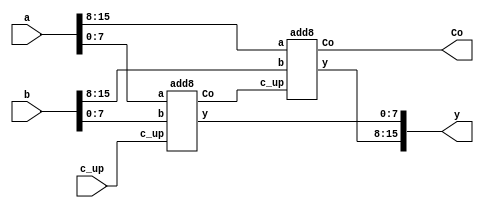
module verified_adder_16bit(
    input   wire    [15:0]  a,
    input   wire    [15:0]  b,
    input   wire            c_up,
    
    output wire     [15:0]  y,
    output wire             Co
);
 
        wire    Co_temp;
 
        add8    add8_inst1(
            .a          (a[15:8]),
            .b          (b[15:8]),
            .c_up       (Co_temp), 
             
            .y          (y[15:8]),
            .Co     (Co)
        );
 
        add8    add8_inst2(
            .a          (a[7:0]),
            .b          (b[7:0]),
            .c_up       (c_up),
             
            .y          (y[7:0]),
            .Co     (Co_temp)
        ); 
 
endmodule

module add8(
    input   wire    [7:0]   a,
    input   wire    [7:0]   b,
    input   wire                c_up,
     
    output wire     [7:0]       y,
    output wire                 Co
);
 
        wire    Co_temp;
 
        add4    add4_inst1(
            .a          (a[7:4]),
            .b          (b[7:4]),
            .c_up       (Co_temp), 
             
            .y          (y[7:4]),
            .Co     (Co)
        );
 
        add4    add4_inst2(
            .a          (a[3:0]),
            .b          (b[3:0]),
            .c_up       (c_up),
             
            .y          (y[3:0]),
            .Co     (Co_temp)
        );
 
 
endmodule

module add4(
    input   wire    [3:0]   a,
    input   wire    [3:0]   b,
    input   wire                c_up,
     
    output wire     [3:0]       y,
    output wire                 Co
);
 
        wire    Co_temp;
 
        add2    add2_inst1(
            .a          (a[3:2]),
            .b          (b[3:2]),
            .c_up       (Co_temp), 
             
            .y          (y[3:2]),
            .Co     (Co)
        );
 
        add2    add2_inst2(
            .a          (a[1:0]),
            .b          (b[1:0]),
            .c_up       (c_up),
             
            .y          (y[1:0]),
            .Co     (Co_temp)
        ); 
 
endmodule

module add2(
    input   wire    [1:0]   a,
    input   wire    [1:0]   b,
    input   wire                c_up,
     
    output wire     [1:0]       y,
    output wire                 Co
);
 
        wire    Co_temp;

        add1    add1_inst1(
            .a          (a[1]),
            .b          (b[1]),
            .c_up       (Co_temp), 
             
            .y          (y[1]),
            .Co     (Co)
        );
 
        add1    add1_inst2(
            .a          (a[0]),
            .b          (b[0]),
            .c_up       (c_up),
             
            .y          (y[0]),
            .Co     (Co_temp)
        );
         
endmodule

module add1(
    input   wire        a,
    input   wire        b,
    input   wire        c_up,
     
    output wire         y,
    output wire         Co
);
    assign  y   = ((~a)&(~b)&c_up | (~a)&b&(~c_up) | a&(~b)&(~c_up) | (a&b&c_up));
    assign  Co  = ((~a&b&c_up) | (a&~b&c_up) | (a&b&~c_up) | (a&b&c_up));

endmodule